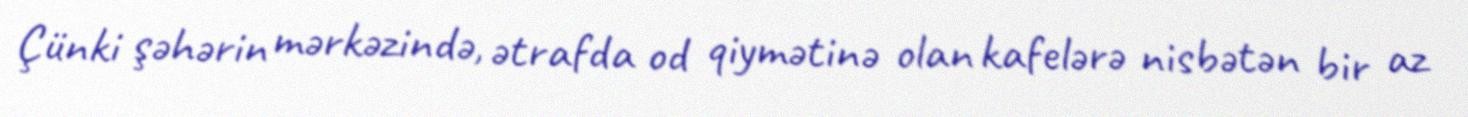
Çünki şəhərin mərkəzində, ətrafda od qiymətinə olan kafelərə nisbətən bir az